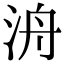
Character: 洀